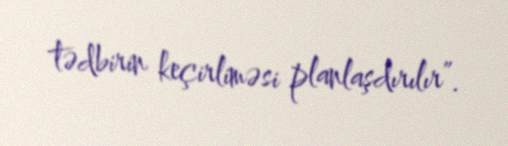
tədbirin keçirliməsi planlaşdırılır”.